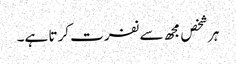
ہر شخص مجھ سے نفرت کرتا ہے۔